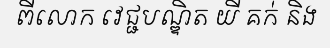
ពីលោក វេជ្ជបណ្ឌិត យី គក់ និង